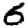
Digit: 6